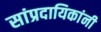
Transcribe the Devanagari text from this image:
सांप्रदायिकांनी